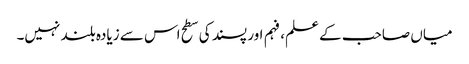
میاں صاحب کے علم، فہم اور پسند کی سطح اس سے زیادہ بلند نہیں۔